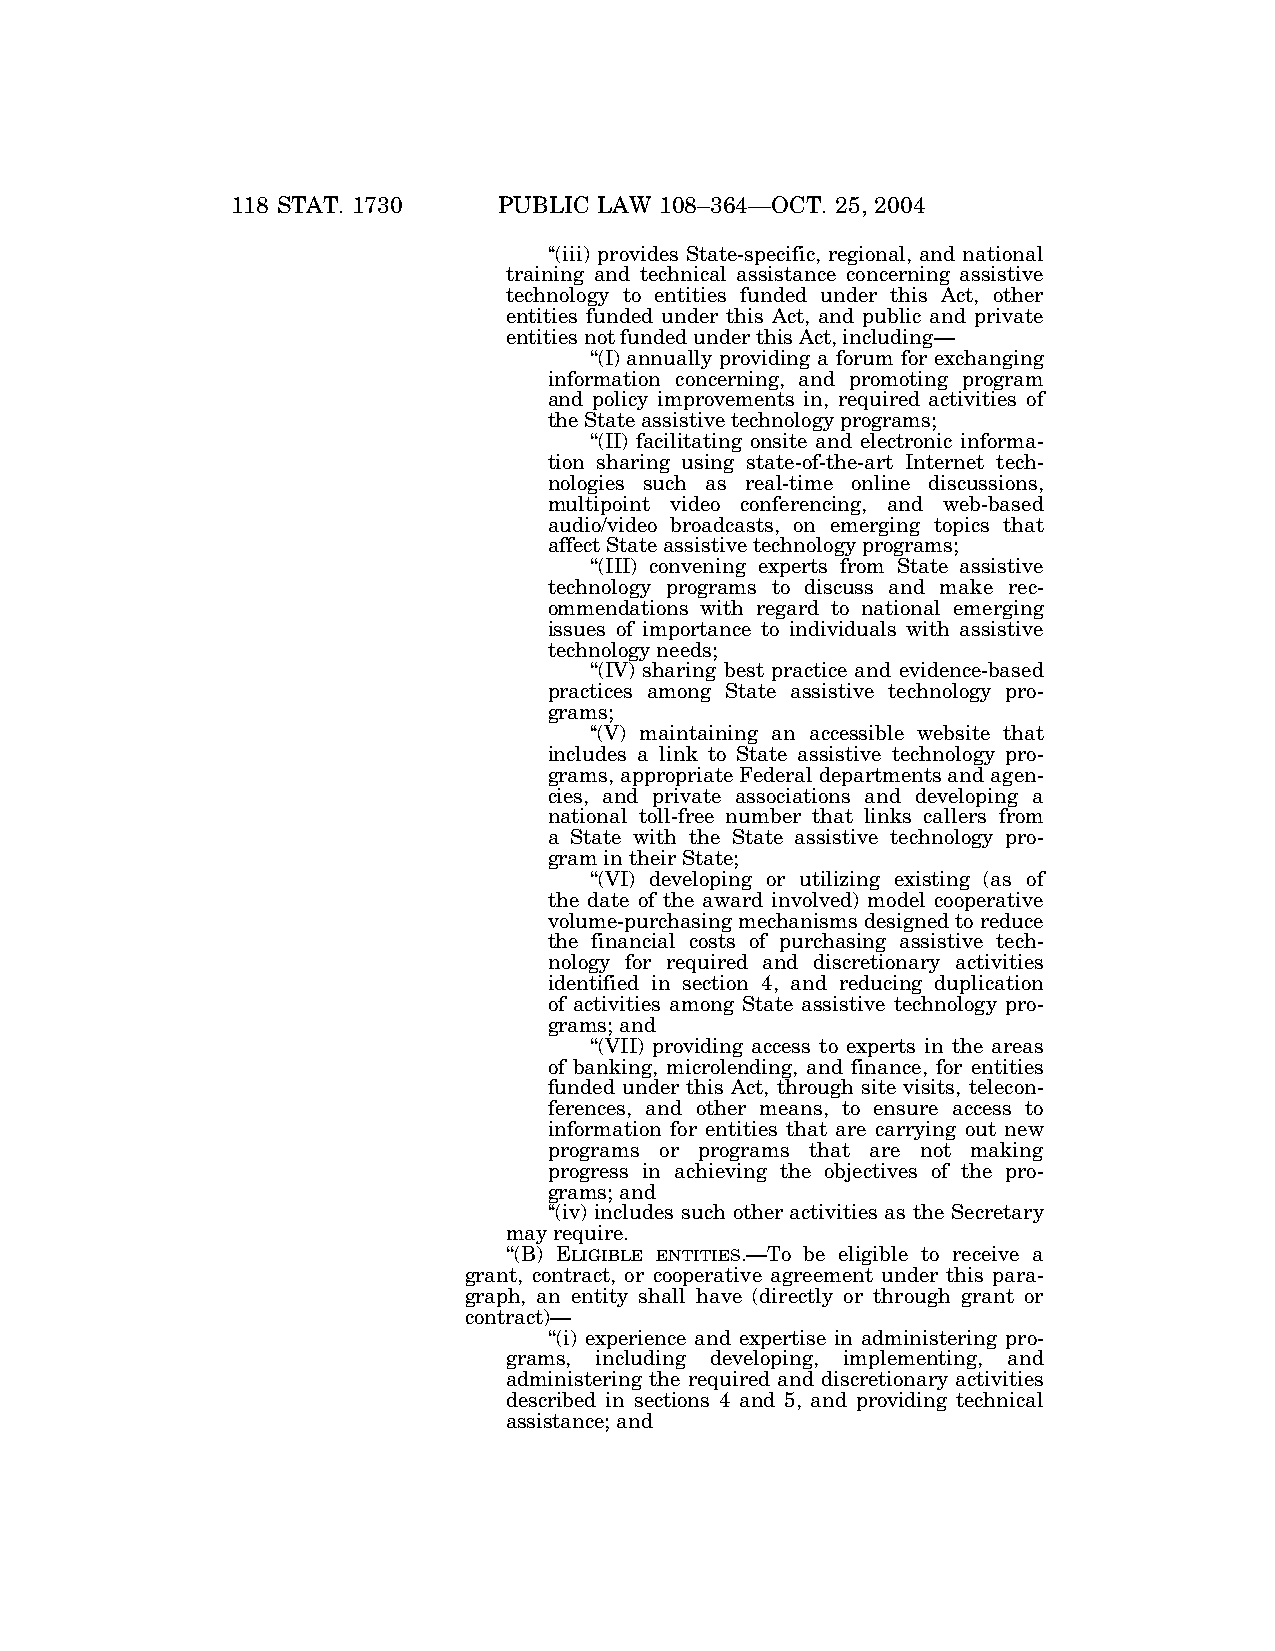
118 STAT. 1730    PUBLIC LAW 108–364—OCT. 25, 2004
 ‘‘(iii) provides State-specific, regional, and national
 training and technical assistance concerning assistive
 technology to entities funded under this Act, other
 entities funded under this Act, and public and private
 entities not funded under this Act, including—
 ‘‘(I) annually providing a forum for exchanging
 information concerning, and promoting program
 and policy improvements in, required activities of
 the State assistive technology programs;
 ‘‘(II) facilitating onsite and electronic informa-
 tion sharing using state-of-the-art Internet tech-
 nologies such as real-time online discussions,
 multipoint video conferencing, and web-based
 audio/video broadcasts, on emerging topics that
 affect State assistive technology programs;
 ‘‘(III) convening experts from State assistive
 technology programs to discuss and make rec-
 ommendations with regard to national emerging
 issues of importance to individuals with assistive
 technology needs;
 ‘‘(IV) sharing best practice and evidence-based
 practices among State assistive technology pro-
 grams;
 ‘‘(V) maintaining an accessible website that
 includes a link to State assistive technology pro-
 grams, appropriate Federal departments and agen-
 cies, and private associations and developing a
 national toll-free number that links callers from
 a State with the State assistive technology pro-
 gram in their State;
 ‘‘(VI) developing or utilizing existing (as of
 the date of the award involved) model cooperative
 volume-purchasing mechanisms designed to reduce
 the financial costs of purchasing assistive tech-
 nology for required and discretionary activities
 identified in section 4, and reducing duplication
 of activities among State assistive technology pro-
 grams; and
 ‘‘(VII) providing access to experts in the areas
 of banking, microlending, and finance, for entities
 funded under this Act, through site visits, telecon-
 ferences, and other means, to ensure access to
 information for entities that are carrying out new
 programs or programs that are not making
 progress in achieving the objectives of the pro-
 grams; and
 ‘‘(iv) includes such other activities as the Secretary
 may require.
 ‘‘(B) ELIGIBLE ENTITIES.—To be eligible to receive a
 grant, contract, or cooperative agreement under this para-
 graph, an entity shall have (directly or through grant or
 contract)—
 ‘‘(i) experience and expertise in administering pro-
 grams, including developing, implementing, and
 administering the required and discretionary activities
 described in sections 4 and 5, and providing technical
 assistance; and
 VerDate 11-MAY-2000 06:49 Nov 06, 2004 Jkt 039139 PO 00364 Frm 00024 Fmt 6580 Sfmt 6581 E:\PUBLAW\PUBL364.108 BILLW PsN: PUBL364